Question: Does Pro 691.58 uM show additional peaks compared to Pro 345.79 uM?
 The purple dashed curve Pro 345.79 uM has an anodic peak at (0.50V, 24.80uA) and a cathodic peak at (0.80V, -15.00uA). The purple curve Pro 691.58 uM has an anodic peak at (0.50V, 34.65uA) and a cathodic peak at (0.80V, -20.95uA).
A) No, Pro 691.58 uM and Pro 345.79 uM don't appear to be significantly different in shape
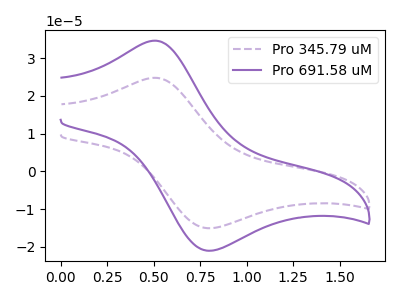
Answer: <think>All the peaks in "Pro 691.58 uM" have a peak in "Pro 345.79 uM" at the same potential. Every peak in "Pro 691.58 uM" is higher than every peak in "Pro 345.79 uM".
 </think>
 <answer>A) No, "Pro 691.58 uM" and "Pro 345.79 uM" don't appear to be significantly different in shape</answer>
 <eval>A</eval>